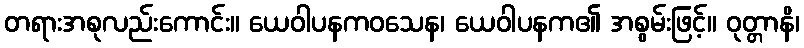
တရားအစုလည်းကောင်း။ ယေဝါပနကဝသေန၊ ယေဝါပနက၏ အစွမ်းဖြင့်။ ဝုတ္တာနိ၊